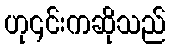
ဟု၎င်းကဆိုသည်